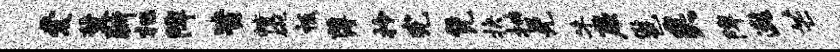
爱冀晰杷陴皆幢碗祗薄拎完凭抉抽晃牛蕨邕矣陴遨芒